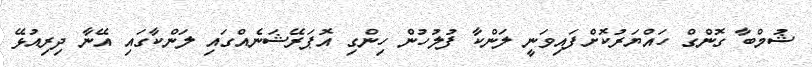
ޝުމްބާ ގޮންގް ހައްޔަރުކޮށްފައިވަނީ ލަންކާ ފުލުހުން ހިންގި އޮޕަރޭޝަނެއްގައި ލަންކާގައި އޭނާ ދިރިއުޅޭ